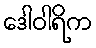
ဒေါဝါရိက